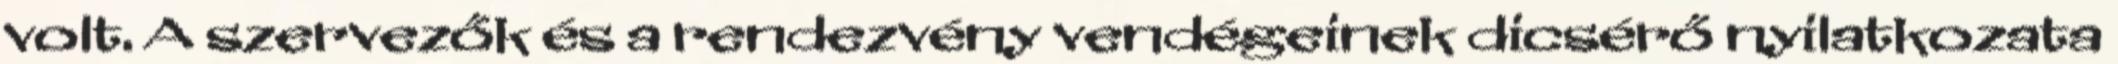
volt. A szervezők és a rendezvény vendégeinek dicsérő nyilatkozata